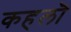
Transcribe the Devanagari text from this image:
कहलॊ